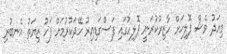
މިއަދު ވެސް ޕޮލިހަށް ހާޒިރުކުރަނީ ޕޮލިހުގައި ފަސްގަޑިއިރު ހޭދަކުރުމަށް ފަހު ޒިޔަތު އެނބުރި